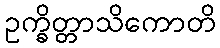
ဥက္ခိတ္တာသိကောတိ